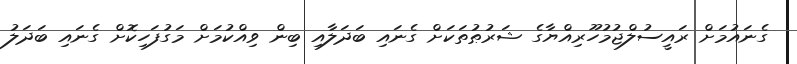
ގެނައުމަށް ރައީސުލްޖުމުހޫރިއްޔާގެ ޝަރުޠުތަކަށް ގެނައި ބަދަލާއި ބިން ވިއްކުމަށް މަގުފަހިކޮށް ގެނައި ބަދަލު